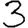
Digit: 3